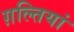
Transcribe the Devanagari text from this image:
ग़ल्तियां